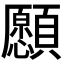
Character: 𩕮